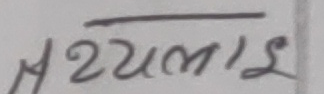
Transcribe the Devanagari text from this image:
मध्यलाई